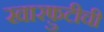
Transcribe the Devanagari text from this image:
खारफ़ुटीची